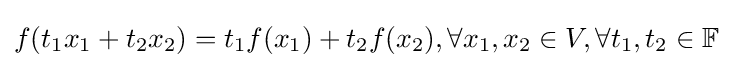
f(t_{1}x_{1}+t_{2}x_{2})=t_{1}f(x_{1})+t_{2}f(x_{2}),\forall x_{1},x_{2}\in V,\forall t_{1},t_{2}\in \mathbb {F}